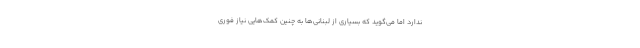
ندارد اما می‌گوید که بسیاری از لبنانی‌ها به چنین کمک‌هایی نیاز فوری